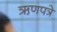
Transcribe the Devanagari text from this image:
ऋणपत्रे